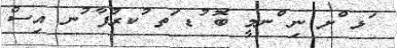
ަޅ ްށ ނި ްނމީ ބޮ ުޑ ަތ ުކރުފާ ުނ އިސް